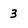
Character: 3